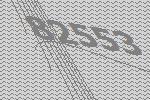
82553